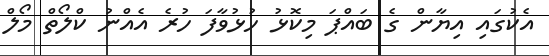
އެކުގައި އިޔާން ގެ ބައްޕަ މިކޮޅު ހުޅުވާފަ ހުރެ އެއްނު ކްލޯތް މޯލް